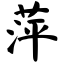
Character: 萍